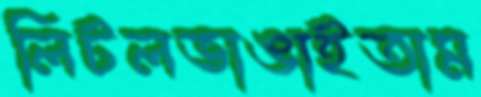
লিটলভাঙাইতাম